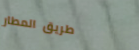
طريق المطار